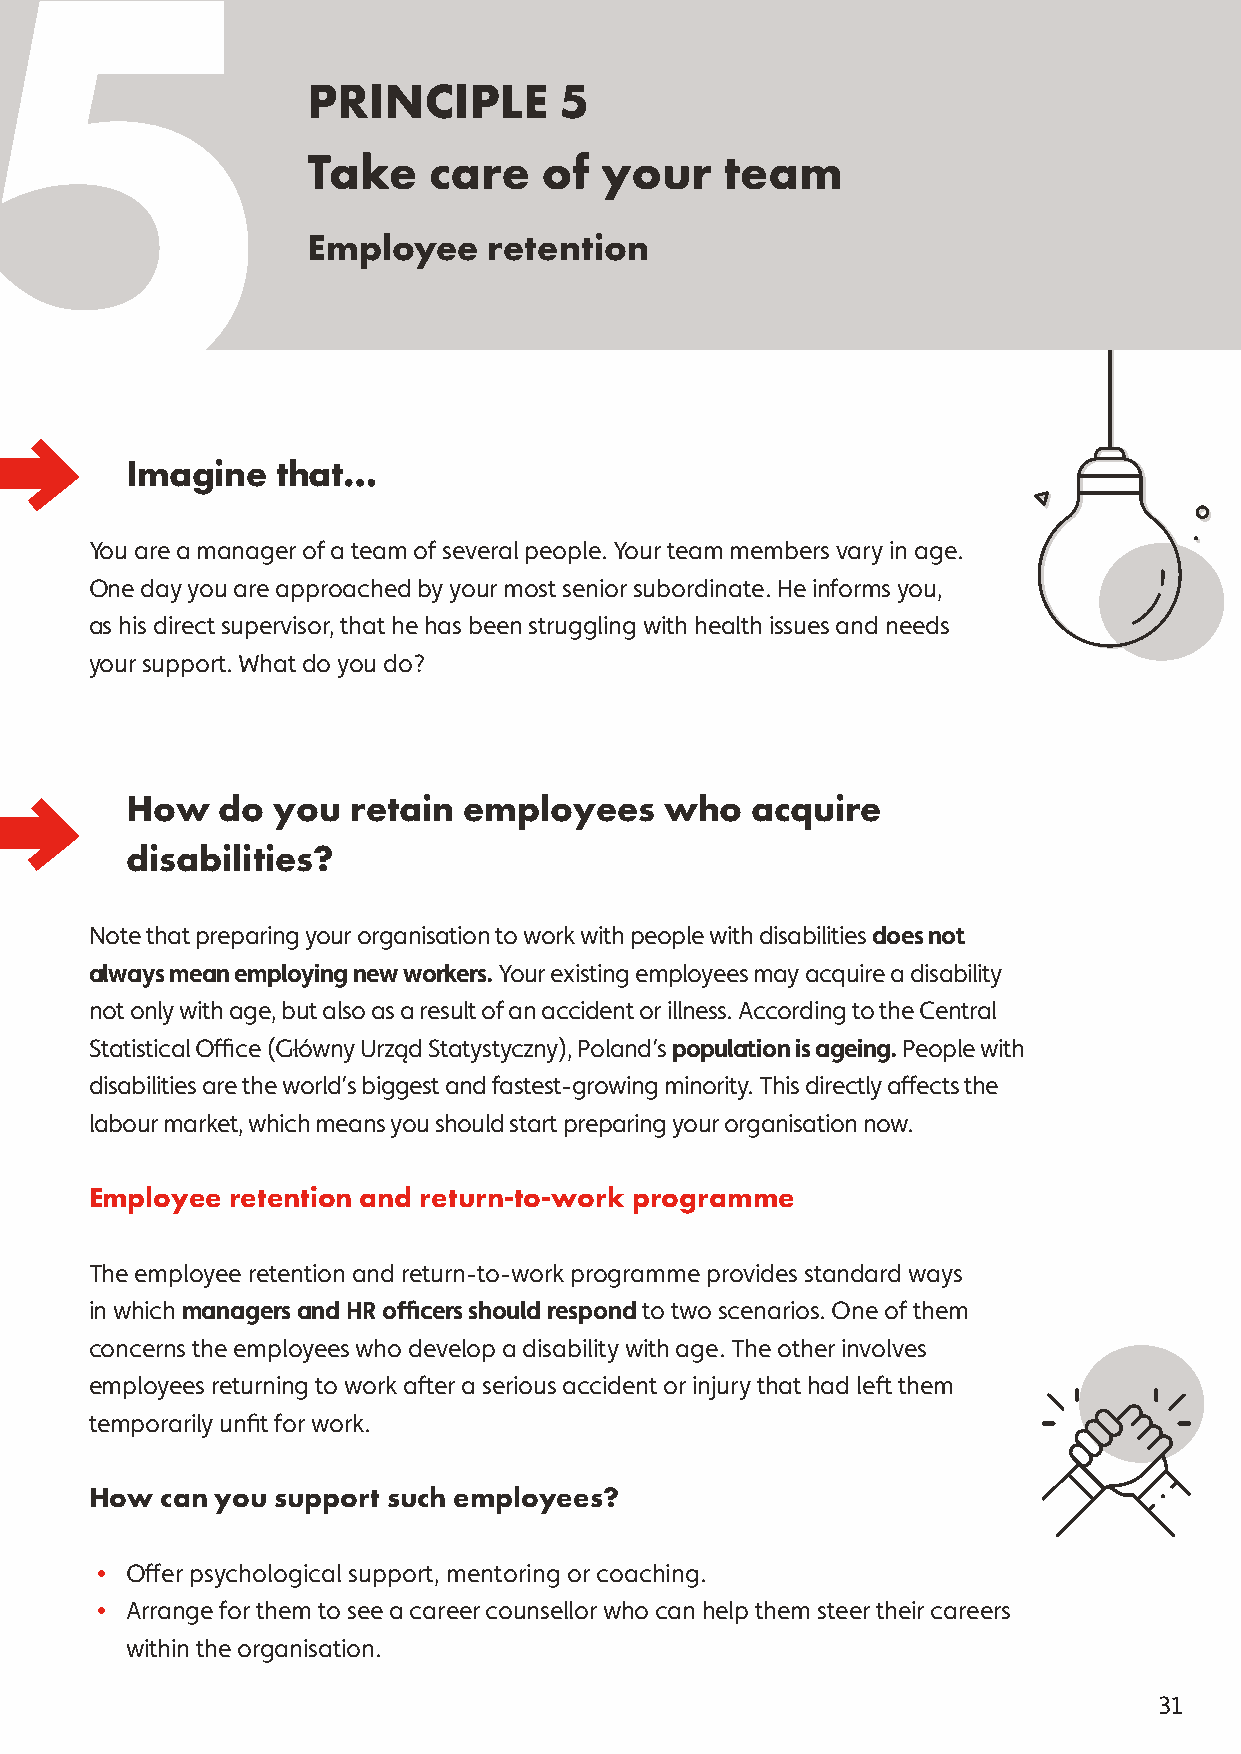
5
 PRINCIPLE        5
 Take    care    of  your    team
 Employee    retention
 Imagine   that…
 You are a manager of a team of several people. Your team members vary in age.
 One day you are approached by your most senior subordinate. He informs you,
 as his direct supervisor, that he has been struggling with health issues and needs
 your support. What do you do?
 How    do you  retain  employees    who   acquire
 disabilities?
 Note that preparing your organisation to work with people with disabilities does not
 always mean employing new workers. Your existing employees may acquire a disability
 not only with age, but also as a result of an accident or illness. According to the Central
 Statistical Office (Główny Urząd Statystyczny), Poland’s population is ageing. People with
 disabilities are the world’s biggest and fastest-growing minority. This directly affects the
 labour market, which means you should start preparing your organisation now.
 Employee retention and return-to-work programme
 The employee retention and return-to-work programme provides standard ways
 in which managers and HR officers should respond to two scenarios. One of them
 concerns the employees who develop a disability with age. The other involves
 employees returning to work after a serious accident or injury that had left them
 temporarily unfit for work.
 How  can you support such employees?
 • Offer psychological support, mentoring or coaching.
 • Arrange for them to see a career counsellor who can help them steer their careers
 within the organisation.
 31